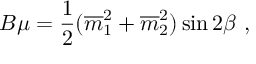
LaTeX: B \mu = { \frac { 1 } { 2 } } ( { \overline { { m } } } _ { 1 } ^ { 2 } + { \overline { { m } } } _ { 2 } ^ { 2 } ) \sin 2 \beta \ ,